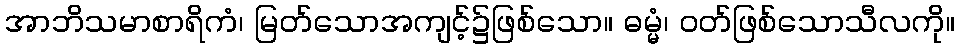
အာဘိသမာစာရိကံ၊ မြတ်သောအကျင့်၌ဖြစ်သော။ ဓမ္မံ၊ ဝတ်ဖြစ်သောသီလကို။